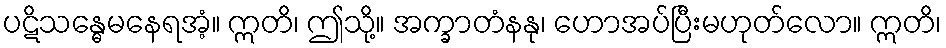
ပဋိသန္ဓေမနေရအံ့။ ဣတိ၊ ဤသို့။ အက္ခာတံနနု၊ ဟောအပ်ပြီးမဟုတ်လော။ ဣတိ၊